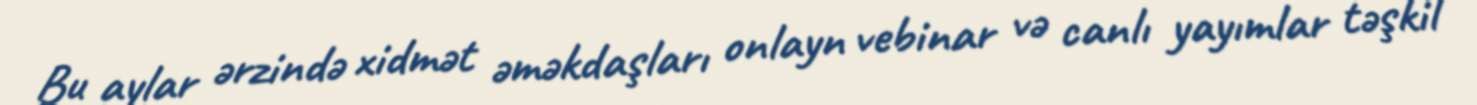
Bu aylar ərzində xidmət əməkdaşları onlayn vebinar və canlı yayımlar təşkil